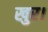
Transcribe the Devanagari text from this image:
खुर।